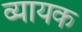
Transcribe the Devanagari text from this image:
व्यायक